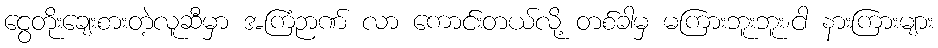
ငွေတိုးချေးစားတဲ့လူဆီမှာ အကြံဉာဏ် လာ ကောင်းတယ်လို့ တစ်ခါမှ မကြားဘူးဘူး၊ငါ နားကြားများ